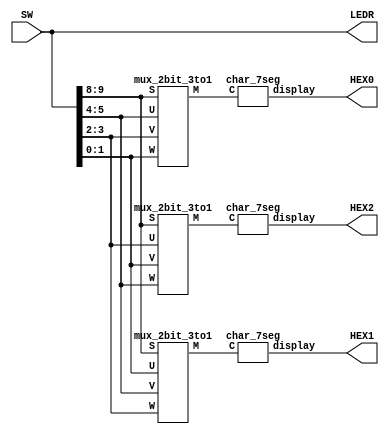
module part5(SW, LEDR, HEX0, HEX1, HEX2);
	// Assigning inputs and outputs
	input [9:0] SW;
	output [9:0] LEDR;
	output [0:6] HEX0;
	output [0:6] HEX1;
	output [0:6] HEX2;
	
	// Wires to connect output of multiplexers to 7-segment decoder
	wire [1:0] M0;
	wire [1:0] M1;
	wire [1:0] M2;
	
	// Assigning pretty lights
	assign LEDR[9:0] = SW[9:0];
	
	// Logic
	// Multiplexers
	mux_2bit_3to1 U0 (SW[9:8], SW[5:4], SW[3:2], SW[1:0], M0);
	mux_2bit_3to1 U1 (SW[9:8], SW[1:0], SW[5:4], SW[3:2], M1);
	mux_2bit_3to1 U2 (SW[9:8], SW[3:2], SW[1:0], SW[5:4], M2);
	// 7-segment decoders
	char_7seg H0 (M0, HEX0);
	char_7seg H1 (M1, HEX1);
	char_7seg H2 (M2, HEX2);
endmodule

module mux_2bit_3to1(S, U, V, W, M);
	// Assigning inputs and outputs
	input [1:0] S, U, V, W;
	output [1:0] M;
	
	// Logic
	assign M = (S[1] ? W : (S[0] ? V : U));
endmodule

module char_7seg(C, display);
	// Assigning inputs and outputs
	input [1:0] C;
	output [0:6] display;
	
	assign display[0] = C[0] | ~C[1];
	assign display[1] = C[1];
	assign display[2] = C[1];
	assign display[3] = C[0];
	assign display[4] = C[0];
	assign display[5] = C[0] | ~C[1];
	assign display[6] = C[0];

//	assign display[0] = C[1] | ~C[0];
//	assign display[1] = C[0];
//	assign display[2] = C[0];
//	assign display[3] = C[1];
//	assign display[4] = C[1];
//	assign display[5] = C[1] | ~C[0];
//	assign display[6] = C[1];
endmodule